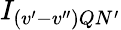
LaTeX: I_{(v^{\prime}-v^{\prime\prime})QN^{\prime}}